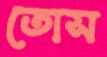
তোস